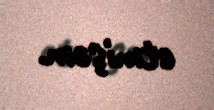
etmişəm.